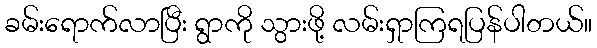
ခမ်းရောက်လာပြီး ရွာကို သွားဖို့ လမ်းရှာကြရပြန်ပါတယ်။